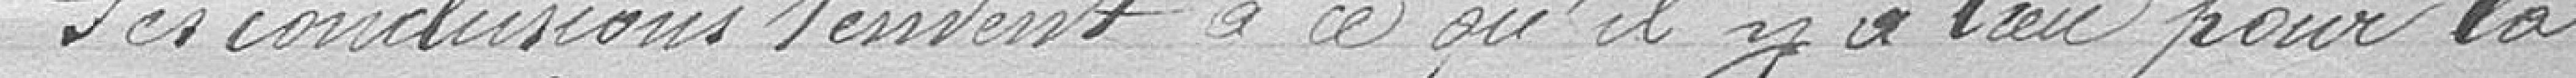
Les conclusions tendent à ce qu'il y a lieu pour la